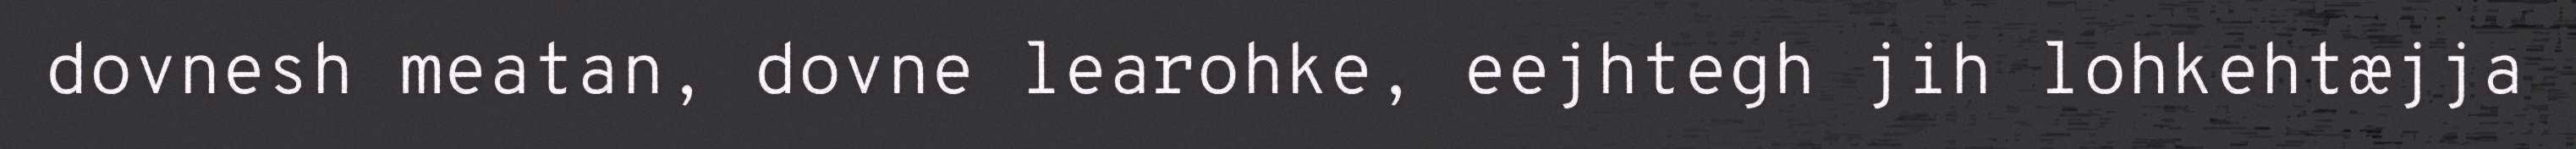
dovnesh meatan, dovne learohke, eejhtegh jih lohkehtæjja